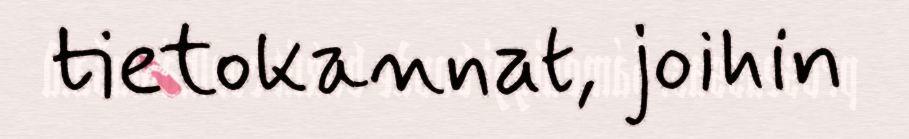
tietokannat, joihin